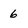
Character: 6